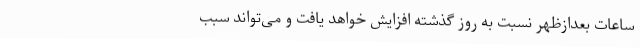
ساعات بعدازظهر نسبت به روز گذشته افزایش خواهد یافت و می‌تواند سبب